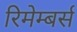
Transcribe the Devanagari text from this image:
रिमेम्बर्स